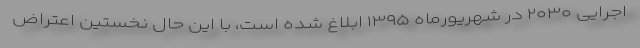
اجرایی ۲۰۳۰ در شهریورماه ۱۳۹۵ ابلاغ شده است، با این حال نخستین اعتراض